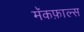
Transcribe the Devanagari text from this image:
मॅकफ़ाल्स